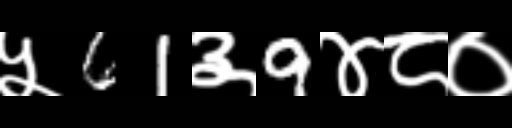
Text: ५61३9४८०